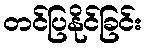
တင်ပြနိုင်ခြင်း